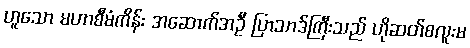
ဟူသော မဟာစီမံကိန်း အဆောက်အဦ ပြာသာဒ်ကြီးသည် ဟိုဆတ်စလူးမ